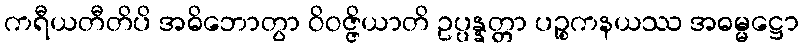
ကရီယတီတိပိ အဓိဘောတွာ ဝိဝဇ္ဇိယာတိ ဥပ္ပန္နတ္တာ ပဉ္စကနယဿ အဓမ္မဋ္ဌော